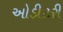
ઓડીટરી